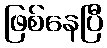
ဖြစ်နေပြီ